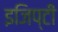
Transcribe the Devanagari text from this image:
इजिप्टी